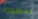
لحضورك